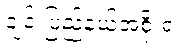
ချင်းပြည်နယ်အစိုးရ